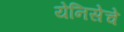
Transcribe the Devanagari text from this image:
येनिसेचे